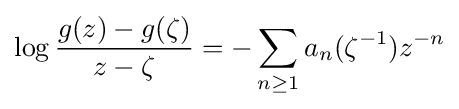
\log {g(z)-g(\zeta ) \over z-\zeta }=-\sum _{n\geq 1}a_{n}(\zeta ^{-1})z^{-n}